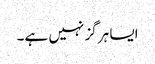
ایسا ہرگز نہیں ہے۔